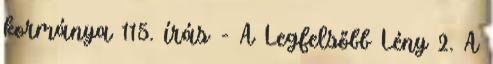
kormánya 115. írás - A Legfelsőbb Lény 2. A